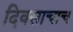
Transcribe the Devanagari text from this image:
दिवसाचाच